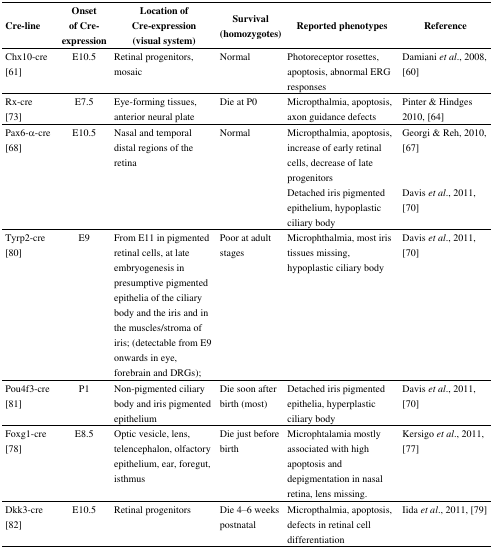
<table><thead><tr><td><b>Cre-line</b></td><td><b>Onset of Creexpression</b></td><td><b>Location of Cre-expression (visual system)</b></td><td><b>Survival (homozygotes)</b></td><td><b>Reported phenotypes</b></td><td><b>Reference</b></td></tr></thead><tbody><tr><td>Chx10-cre [61]</td><td>E10.5</td><td>Retinal progenitors, mosaic</td><td>Normal</td><td>Photoreceptor rosettes, apoptosis, abnormal ERG responses</td><td>Damiani <i>et al</i>., 2008, [60]</td></tr><tr><td>Rx-cre [73]</td><td>E7.5</td><td>Eye-forming tissues, anterior neural plate</td><td>Die at P0</td><td>Micropthalmia, apoptosis, axon guidance defects</td><td>Pinter &amp; Hindges 2010, [64]</td></tr><tr><td rowspan="2">Pax6-α-cre [68]</td><td rowspan="2">E10.5</td><td rowspan="2">Nasal and temporal distal regions of the retina</td><td rowspan="2">Normal</td><td>Micropthalmia, apoptosis, increase of early retinal cells, decrease of late progenitors</td><td>Georgi &amp; Reh, 2010, [67]</td></tr><tr><td>Detached iris pigmented epithelium, hypoplastic ciliary body</td><td>Davis <i>et al</i>., 2011, [70]</td></tr><tr><td>Tyrp2-cre [80]</td><td>E9</td><td>From E11 in pigmented retinal cells, at late embryogenesis in presumptive pigmented epithelia of the ciliary body and the iris and in the muscles/stroma of iris; (detectable from E9 onwards in eye, forebrain and DRGs);</td><td>Poor at adult stages</td><td>Microphthalmia, most iris tissues missing, hypoplastic ciliary body</td><td>Davis <i>et al</i>., 2011, [70]</td></tr><tr><td>Pou4f3-cre [81]</td><td>P1</td><td>Non-pigmented ciliary body and iris pigmented epithelium</td><td>Die soon after birth (most)</td><td>Detached iris pigmented epithelia, hyperplastic ciliary body</td><td>Davis <i>et al</i>., 2011, [70]</td></tr><tr><td>Foxg1-cre [78]</td><td>E8.5</td><td>Optic vesicle, lens, telencephalon, olfactory epithelium, ear, foregut, isthmus</td><td>Die just before birth</td><td>Microphtalamia mostly associated with high apoptosis and depigmentation in nasal retina, lens missing.</td><td>Kersigo <i>et al</i>., 2011, [77]</td></tr><tr><td>Dkk3-cre [82]</td><td>E10.5</td><td>Retinal progenitors</td><td>Die 4–6 weeks postnatal</td><td>Micropthalmia, apoptosis, defects in retinal cell differentiation</td><td>Iida <i>et al</i>., 2011, [79]</td></tr></tbody></table>